Statistical return of the lunatic asylum in Assam - 1912-1932
Year: 1912
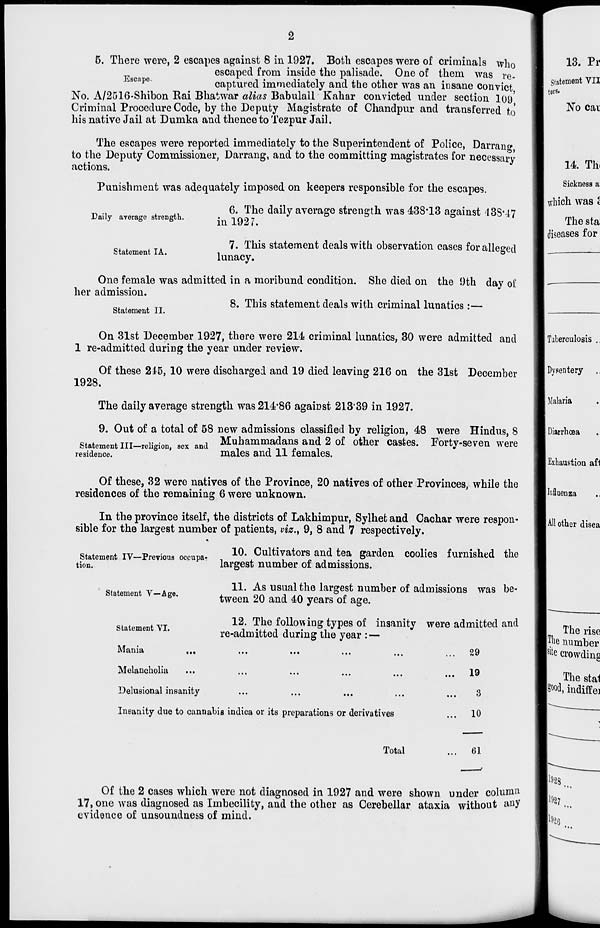
6. There were, 2 escapes against 8 in 1927. Both escapes were of criminals who
escaped from inside the palisade. One of them was re-
jSCape
captured immediately and the other was an insane convict
No. A/2516-Shibon Rai Bhatwar alias Babulail Kahar convicted under section I09'
Criminal Procedure Code, by the Deputy Magistrate of Chandpur and transferred to
his native Jail at Dumka and thence to Tezpur Jail.
The escapes were reported immediately to the Superintendent of Police, Darrang
to the Deputy Commissioner, Darrang, and to the committing magistrates for necessary
actions.
Punishment was adequately imposed on keepers responsible for the escapes.
Daily average strength.
Statement I A.
6. The daily average strength was 438*13 against 43SM7
in 1927.
7. This statement deals with observation cases for alleged
lunacy.
One female was admitted in a moribund condition. She died on the 9th day of
her admission.
8. This statement deals with criminal lunatics :—
Statement II.
On 31st December 1927, there were 214 criminal lunatics, 30 were admitted and
1 re-admitted during the year under review.
1928.
Of these 215, 10 were discharged and 19 died leaving 216 on the 31st December
The daily average strength was 214*86 against 213*39 in 1927.
9. Out of a total of 58 new admissions classified by religion, 48 were Hindus, 8
statement ill-religion, sex and Muhammadans and 2 of other castes. Forty-seven were
residence.
males and 11 females.
Of these, 32 were natives of the Province, 20 natives of other Provinces, while the
residences of the remaining 6 were unknown.
In the province itself, the districts of Lakhimpur, Sylhet and Cachar were respon-
sible for the largest number of patients, viz., 9, 8 and 7 respectively.
Statement IV—Previous occupa-
tion.
Statement A 7 "—Age.
10. Cultivators and tea garden coolies furnished the
largest number of admissions.
11. As usual the largest number of admissions was be-
tween 20 and 40 years of age.
12. The following types of insanity were admitted and
re-admitted during the year :-—
Statement VI.
Mania
Melancholia
Delusional insanity
Insanity due to cannabis indica or its preparations or derivatives
29
19
3
10
Total
61
Of the 2 cases which were not diagnosed in 1927 and were shown under column
17, one was diagnosed as Imbecility, and the other as Cerebellar ataxia without any
evidence of unsoundness of mind.